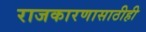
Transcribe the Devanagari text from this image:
राजकारणासाठीही